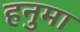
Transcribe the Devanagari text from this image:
हनुमा